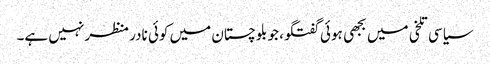
سیاسی تلخی میں بجھی ہوئی گفتگو، جو بلوچستان میں کوئی نادر منظر نہیں ہے۔